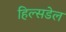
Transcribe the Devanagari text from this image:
हिल्सडेल